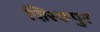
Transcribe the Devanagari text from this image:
ज़िरकपुर